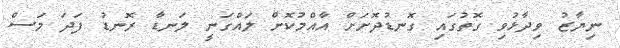
ނިޔާޒު ވިދާޅުވި ގޮތުގައި ގޮނޑުދޮށަށް އާއްމުކޮށް ލައްގަނީ ލަނޑާ ރޮނޑު ފަދަ މަސް